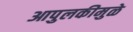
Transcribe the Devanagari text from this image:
आपुलकीमुळे